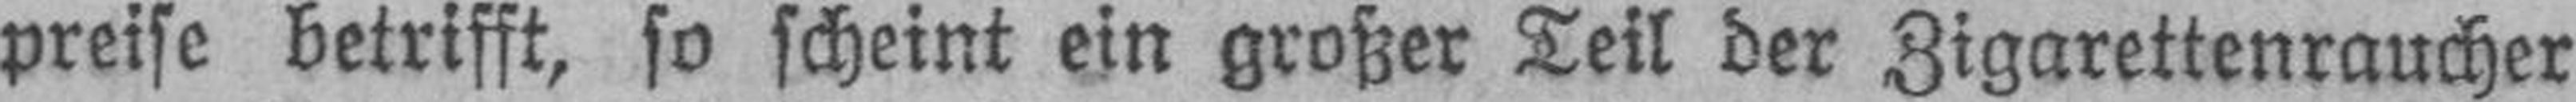
preise betrifft, so scheint ein großer Teil der Zigarettenraucher